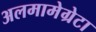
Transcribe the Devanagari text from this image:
अलमामेग्रेटा